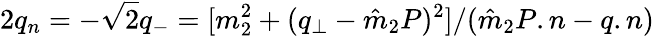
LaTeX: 2q_{n}=-{\sqrt 2}q_{-}={[m_{2}^{2}+(q_{\perp}-{\hat{m}}_{2}P)^{2}]}/{({\hat{m}}_{2}P.n-q.n)}